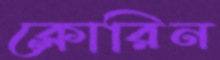
ক্লোরিন